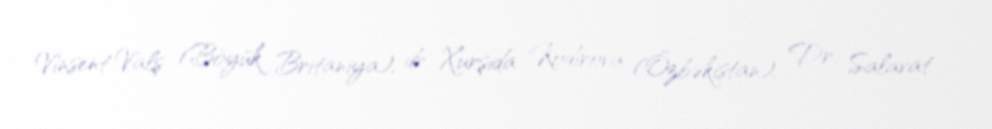
Vinsent Valş (Böyük Britaniya), dr. Xurşida Kodirova (Özbəkistan), Dr. Salavat